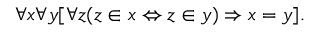
\forall x \forall y [ \forall z ( z \in x \Leftrightarrow z \in y ) \Rightarrow x = y ] .